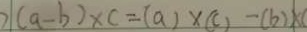
2 ( a - b ) \times c = ( a ) \times ( c ) - ( b ) \times c